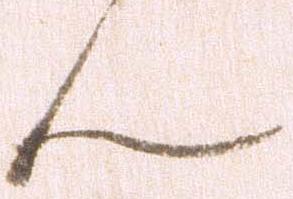
ん